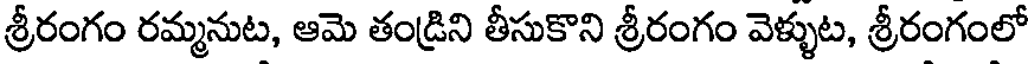
శ్రీరంగం రమ్మనుట, ఆమె తండ్రిని తీసుకొని శ్రీరంగం వెళ్ళుట, శ్రీరంగంలో